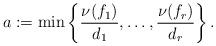
LaTeX: \begin{align*}a:=\min\left\{\frac{\nu(f_1)}{d_1},\dots,\frac{\nu(f_r)}{d_r}\right\}.\end{align*}